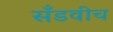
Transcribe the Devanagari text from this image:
सँडवीच